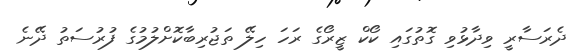
ދެރަސާރީ ވިދާޅުވި ގޮތުގައި ކޯކް ޒީރޯގެ ރަހަ ހިލޭ ތަޖުރިބާކޮށްލުމުގެ ފުރުސަތު ދޭނެ